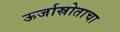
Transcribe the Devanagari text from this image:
ऊर्जास्रोताचा